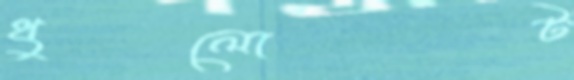
ধুলোট